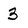
Character: 3